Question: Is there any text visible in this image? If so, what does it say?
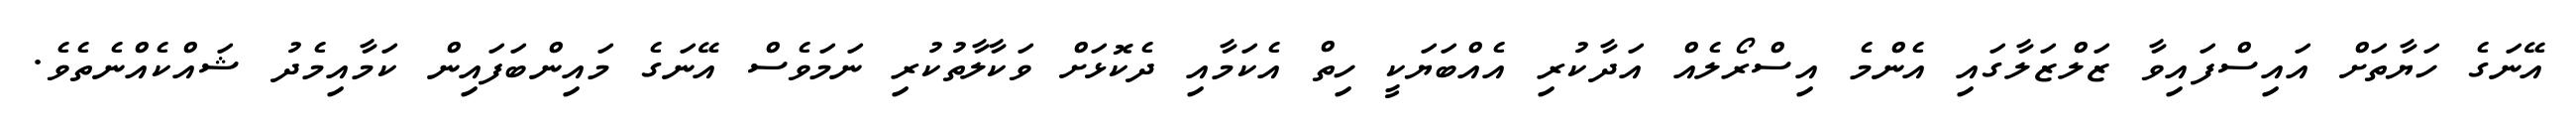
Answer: އޭނަގެ ހަޔާތަށް އައިސްފައިވާ ޒަލްޒަލާގައި އެންމެ އިސްރޯލެއް އަދާކުރި އެއްބަޔަކީ ހިތް އެކަމާއި ދެކޮޅަށް ވަކާލާތުކުރި ނަމަވެސް އޭނަގެ މައިންބަފައިން ކަމާއިމެދު ޝައްކެއްނެތެވެ.